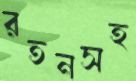
রতনসহ